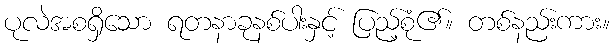
ပုလဲအစရှိသော ရတနာခုနစ်ပါးနှင့် ပြည့်စုံ၏။ တစ်နည်းကား။